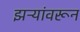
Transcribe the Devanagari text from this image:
झऱ्यांवरून